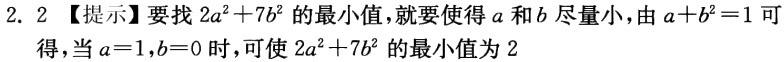
2. 2 【提示】要找 \(2a^{2}+7b^{2}\) 的最小值，就要使得 \(a\) 和 \(b\) 尽量小，由 \(a + b^{2}=1\) 可得，当 \(a = 1,b = 0\) 时，可使 \(2a^{2}+7b^{2}\) 的最小值为 2